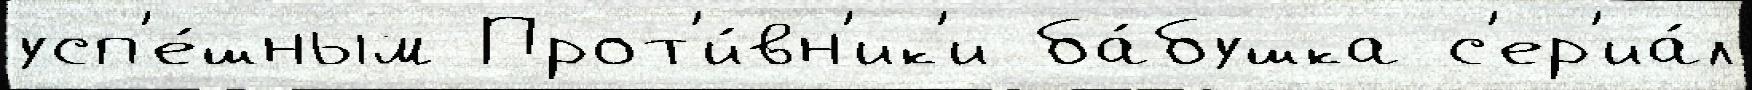
усп'е́шным Прот'и́вн'ик'и ба́бушка с'ер'иа́л